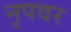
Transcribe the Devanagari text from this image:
नृपवर